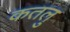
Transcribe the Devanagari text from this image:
कतलु